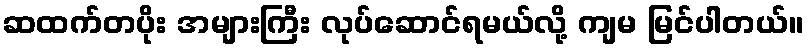
ဆထက်တပိုး အများကြီး လုပ်ဆောင်ရမယ်လို့ ကျမ မြင်ပါတယ်။